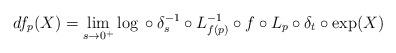
LaTeX: \begin{align*} df_p(X)=\lim_{s\to 0^+} \log {}\circ \delta_s^{-1}\circ L_{f(p)}^{-1}\circ f \circ L_{p}\circ \delta_t \circ \exp (X)\end{align*}